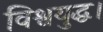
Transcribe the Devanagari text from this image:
विश्वयुद्ध।